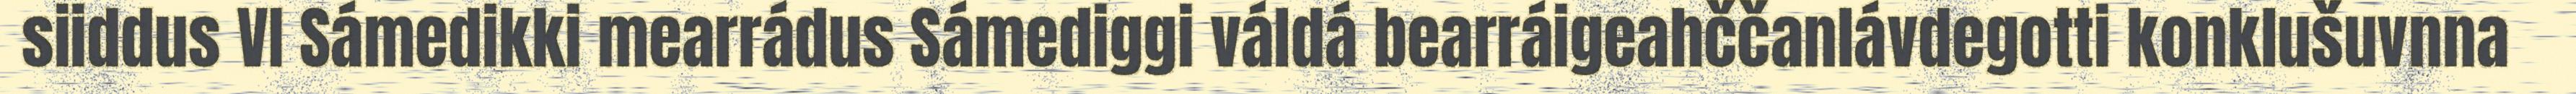
siiddus VI Sámedikki mearrádus Sámediggi váldá bearráigeahččanlávdegotti konklušuvnna